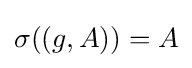
\sigma ((g,A))=A